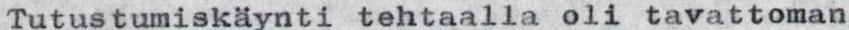
Tutustumiskäynti tehtaalla oli tavattoman